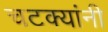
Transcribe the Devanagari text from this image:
चटक्‍यांनी